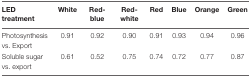
| LED treatment | White | Red-blue | Red-white | Red | Blue | Orange | Green |
 | --- | --- | --- | --- | --- | --- | --- | --- |
 | Photosynthesis vs. Export | 0.91 | 0.92 | 0.90 | 0.91 | 0.93 | 0.94 | 0.96 |
 | Soluble sugar vs. export | 0.61 | 0.52 | 0.75 | 0.74 | 0.72 | 0.77 | 0.87 |